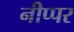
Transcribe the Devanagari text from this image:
नीप्पर